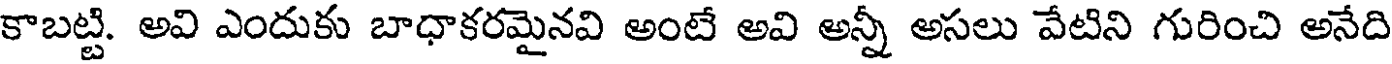
కాబట్టి. అవి ఎందుకు బాధాకరమైనవి అంటే అవి అన్నీ అసలు వేటిని గురించి అనేది